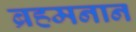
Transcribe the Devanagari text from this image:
ब्रहमनान